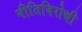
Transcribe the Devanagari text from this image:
नीतिविरोधी